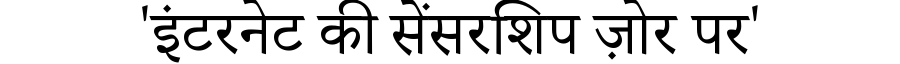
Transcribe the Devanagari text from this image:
'इंटरनेट की सेंसरशिप ज़ोर पर'